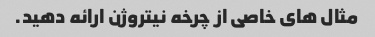
مثال های خاصی از چرخه نیتروژن ارائه دهید.